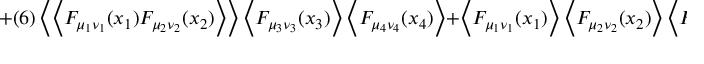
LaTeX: + ( 6 ) \left< \left< F _ { \mu _ { 1 } \nu _ { 1 } } ( x _ { 1 } ) F _ { \mu _ { 2 } \nu _ { 2 } } ( x _ { 2 } ) \right> \right> \left< F _ { \mu _ { 3 } \nu _ { 3 } } ( x _ { 3 } ) \right> \left< F _ { \mu _ { 4 } \nu _ { 4 } } ( x _ { 4 } ) \right> + \left< F _ { \mu _ { 1 } \nu _ { 1 } } ( x _ { 1 } ) \right> \left< F _ { \mu _ { 2 } \nu _ { 2 } } ( x _ { 2 } ) \right> \left< F _ { \mu _ { 3 } \nu _ { 3 } } ( x _ { 3 } ) \right> \left< F _ { \mu _ { 4 } \nu _ { 4 } } ( x _ { 4 } ) \right> .